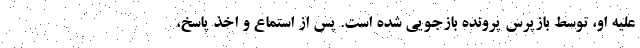
علیه او، توسط بازپرس پرونده بازجویی شده است. پس از استماع و اخذ پاسخ،